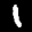
Label: 1